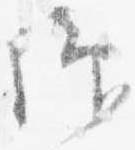
仰